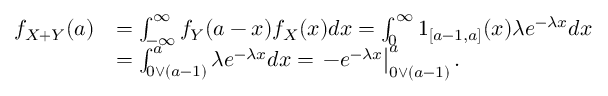
\begin{array} { r l } { f _ { X + Y } ( a ) } & { = \int _ { - \infty } ^ { \infty } f _ { Y } ( a - x ) f _ { X } ( x ) d x = \int _ { 0 } ^ { \infty } 1 _ { [ a - 1 , a ] } ( x ) \lambda e ^ { - \lambda x } d x } \\ & { = \int _ { 0 \vee ( a - 1 ) } ^ { a } \lambda e ^ { - \lambda x } d x = \left. - e ^ { - \lambda x } \right| _ { 0 \vee ( a - 1 ) } ^ { a } . } \end{array}